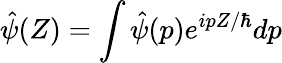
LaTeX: \hat{\psi}(Z)=\int\hat{\psi}(p)e^{ipZ/\hbar}dp